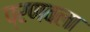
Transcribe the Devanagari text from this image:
प्रणवला